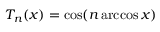
T _ { n } ( x ) = \cos ( n \operatorname { a r c c o s } x )